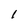
Character: l